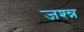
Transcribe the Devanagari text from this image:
जश्न्न